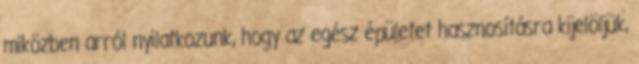
miközben arról nyilatkozunk, hogy az egész épületet hasznosításra kijelöljük,